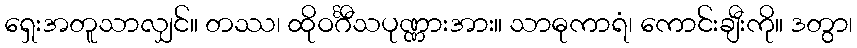
ရှေးအတူသာလျှင်။ တဿ၊ ထိုဝင်္ဂီသပုဏ္ဏားအား။ သာဓုကာရံ၊ ကောင်းချီးကို။ ဒတွာ၊